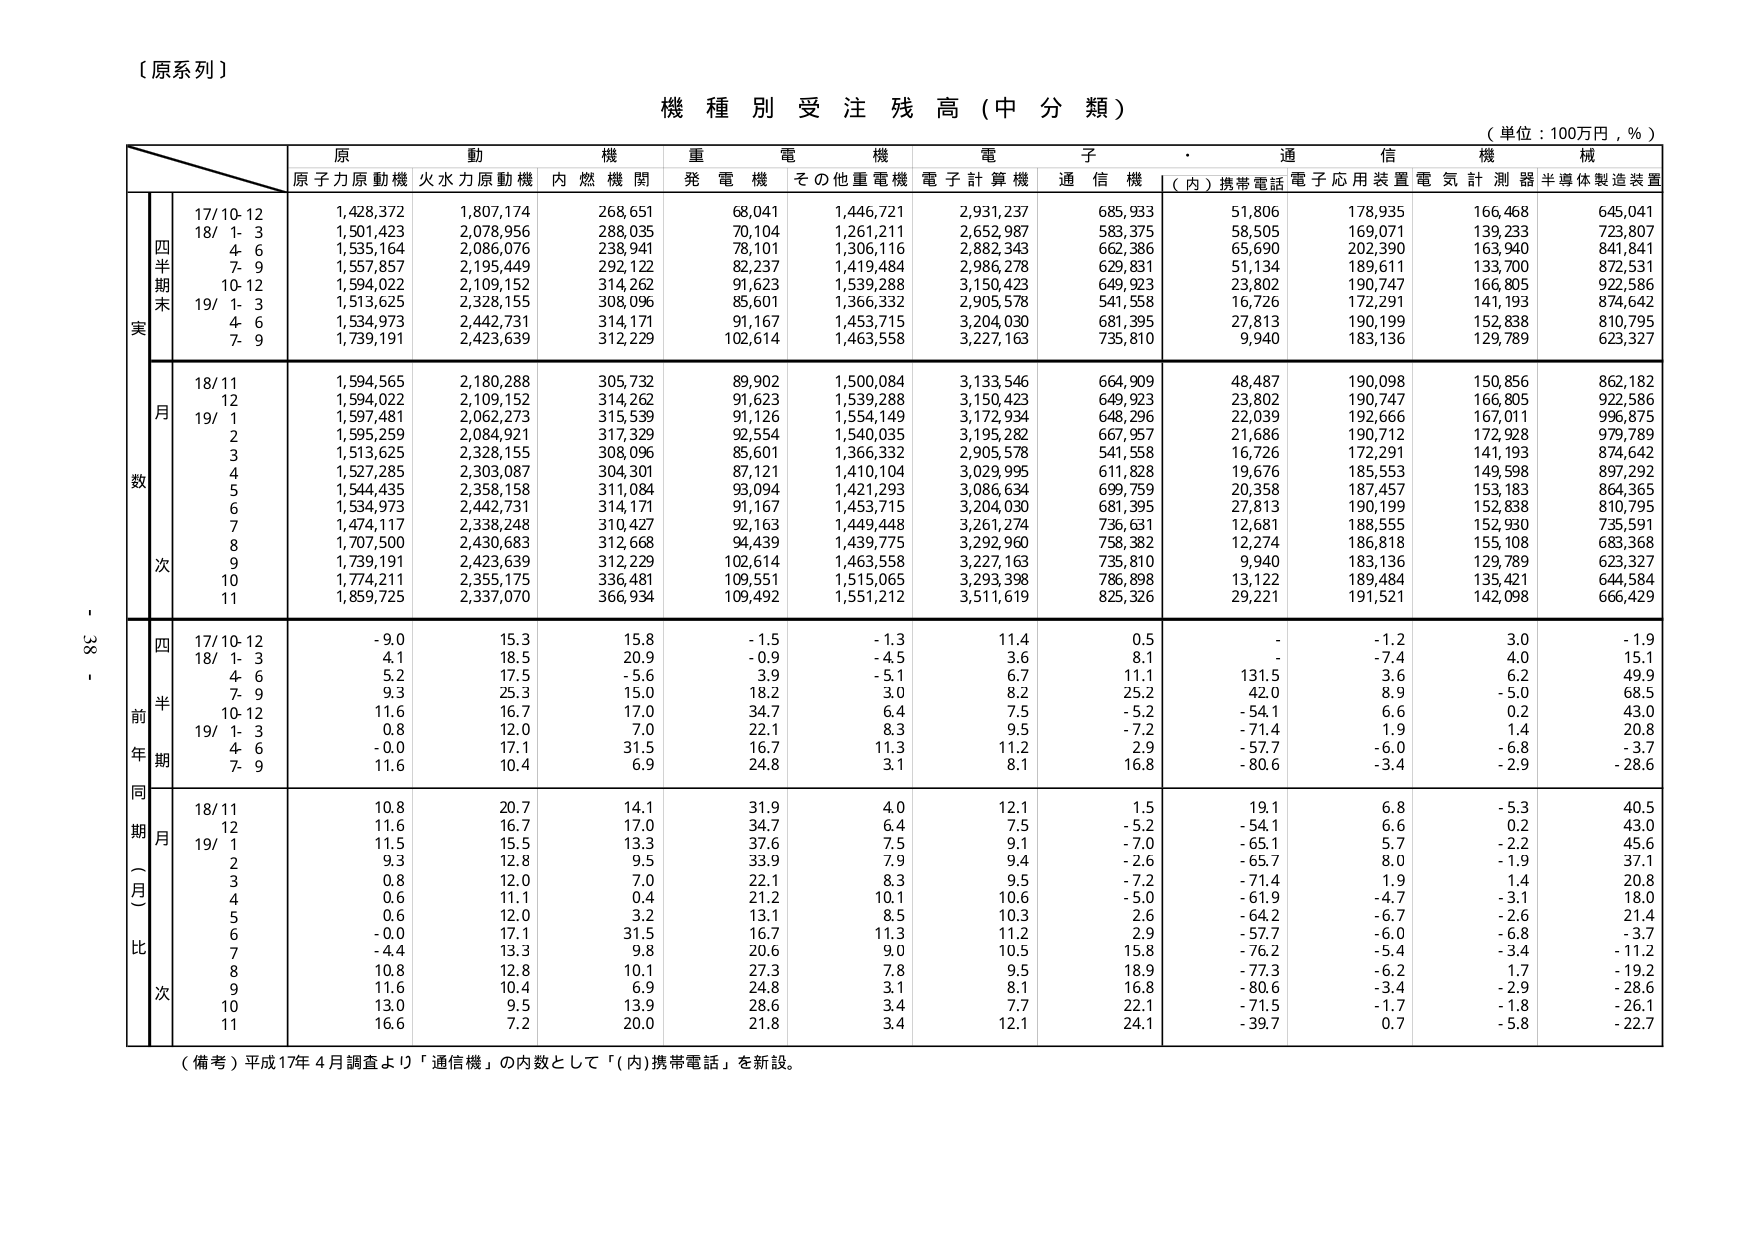
（原系列）

機種別受注残高（中分類）

（単位：100万円，％）

原動機　重電機　電子　通信機械
原子力原動機　火力原動機　内燃機関　発電機　その他重電機　電子計算機　通信機　（内）携帯電話　電子応用装置　電気計測器　半導体製造装置

四半期末
実
17/10-12　1,428,372　1,807,174　268,651　68,041　1,446,721　2,931,237　685,933　51,806　178,935　166,468　645,041
18/1-3　1,501,423　2,078,956　288,035　70,104　1,261,211　2,652,987　583,375　58,505　169,071　139,233　723,807
4-6　1,535,164　2,086,076　238,941　78,101　1,306,116　2,882,343　662,386　65,690　202,390　163,940　841,841
7-9　1,557,857　2,195,449　292,122　82,237　1,419,484　2,986,278　629,831　51,134　189,611　133,700　872,531
10-12　1,594,022　2,109,152　314,262　91,623　1,539,288　3,150,423　649,923　23,802　190,747　166,805　922,586
19/1-3　1,513,625　2,328,155　308,096　85,601　1,366,332　2,905,578　541,558　16,726　172,291　141,193　874,642
4-6　1,534,973　2,442,731　314,171　91,167　1,453,715　3,204,030　681,395　27,813　190,199　152,838　810,795
7-9　1,739,191　2,423,639　312,229　102,614　1,463,558　3,227,163　735,810　9,940　183,136　129,789　623,327

月
数
18/11　1,594,565　2,180,288　305,732　89,902　1,500,084　3,133,546　664,909　48,487　190,098　150,856　862,182
12　1,594,022　2,109,152　314,262　91,623　1,539,288　3,150,423　649,923　23,802　190,747　166,805　922,586
19/1　1,597,481　2,062,273　315,539　91,126　1,554,149　3,172,934　648,296　22,039　192,666　167,011　996,875
2　1,595,259　2,084,921　317,329　92,554　1,540,035　3,195,282　667,957　21,686　190,712　172,928　979,789
3　1,513,625　2,328,155　308,096　85,601　1,366,332　2,905,578　541,558　16,726　172,291　141,193　874,642
4　1,527,285　2,303,087　304,301　87,121　1,410,104　3,029,995　611,828　19,676　185,553　149,598　897,292
5　1,544,435　2,358,158　311,084　93,094　1,421,293　3,086,634　699,759　20,358　187,457　153,183　864,365
6　1,534,973　2,442,731　314,171　91,167　1,453,715　3,204,030　681,395　27,813　190,199　152,838　810,795
7　1,474,117　2,338,248　310,427　92,163　1,449,448　3,261,274　736,631　12,681　188,555　152,930　735,591
8　1,707,500　2,430,683　312,668　94,439　1,439,775　3,292,960　758,382　12,274　186,818　155,108　683,368
9　1,739,191　2,423,639　312,229　102,614　1,463,558　3,227,163　735,810　9,940　183,136　129,789　623,327
10　1,774,211　2,355,175　336,481　109,551　1,515,065　3,293,398　786,898　13,122　189,484　135,421　644,584
11　1,859,725　2,337,070　366,934　109,492　1,551,212　3,511,619　825,326　29,221　191,521　142,098　666,429

四半期
前年同期比
17/10-12　-9.0　15.3　15.8　-1.5　-1.3　11.4　0.5　-　-1.2　3.0　-1.9
18/1-3　4.1　18.5　20.9　-0.9　-4.5　3.6　8.1　-　-7.4　4.0　15.1
4-6　5.2　17.5　-5.6　3.9　-5.1　6.7　11.1　131.5　3.6　6.2　49.9
7-9　9.3　25.3　15.0　18.2　3.0　8.2　25.2　42.0　8.9　-5.0　68.5
10-12　11.6　16.7　17.0　34.7　6.4　7.5　-5.2　-54.1　6.6　0.2　43.0
19/1-3　0.8　12.0　7.0　22.1　8.3　9.5　-7.2　-71.4　1.9　1.4　20.8
4-6　-0.0　17.1　31.5　16.7　11.3　11.2　2.9　-57.7　-6.0　-6.8　-3.7
7-9　11.6　10.4　6.9　24.8　3.1　8.1　16.8　-80.6　-3.4　-2.9　-28.6

同期月比
18/11　10.8　20.7　14.1　31.9　4.0　12.1　1.5　19.1　6.8　-5.3　40.5
12　11.6　16.7　17.0　34.7　6.4　7.5　-5.2　-54.1　6.6　0.2　43.0
19/1　11.5　15.5　13.3　37.6　7.5　9.1　-7.0　-65.1　5.7　-2.2　45.6
2　9.3　12.8　9.5　33.9　7.9　9.4　-2.6　-65.7　8.0　-1.9　37.1
3　0.8　12.0　7.0　22.1　8.3　9.5　-7.2　-71.4　1.9　1.4　20.8
4　0.6　11.1　0.4　21.2　10.1　10.6　-5.0　-61.9　-4.7　-3.1　18.0
5　0.6　12.0　3.2　13.1　8.5　10.3　2.6　-64.2　-6.7　-2.6　21.4
6　-0.0　17.1　31.5　16.7　11.3　11.2　2.9　-57.7　-6.0　-6.8　-3.7
7　-4.4　13.3　9.8　20.6　9.0　10.5　15.8　-76.2　-5.4　-3.4　-11.2
8　10.8　12.8　10.1　27.3　7.8　9.5　18.9　-77.3　-6.2　1.7　-19.2
9　11.6　10.4　6.9　24.8　3.1　8.1　16.8　-80.6　-3.4　-2.9　-28.6
10　13.0　9.5　13.9　28.6　3.4　7.7　22.1　-71.5　-1.7　-1.8　-26.1
11　16.6　7.2　20.0　21.8　3.4　12.1　24.1　-39.7　0.7　-5.8　-22.7

（備考）平成17年4月調査より「通信機」の内数として「（内）携帯電話」を新設。

- 38 -